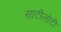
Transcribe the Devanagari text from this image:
साटीलोटी